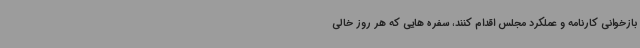
بازخوانی کارنامه و عملکرد مجلس اقدام کنند، سفره هایی که هر روز خالی